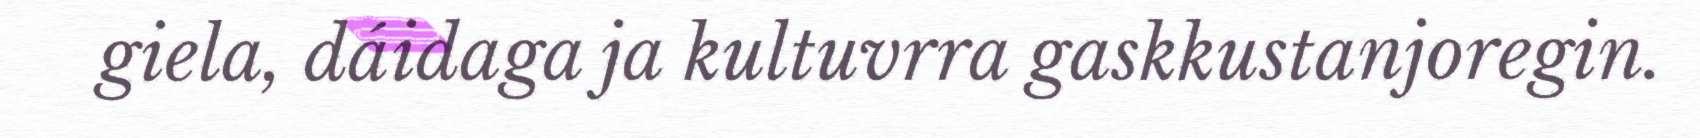
giela, dáidaga ja kultuvrra gaskkustanjoregin.